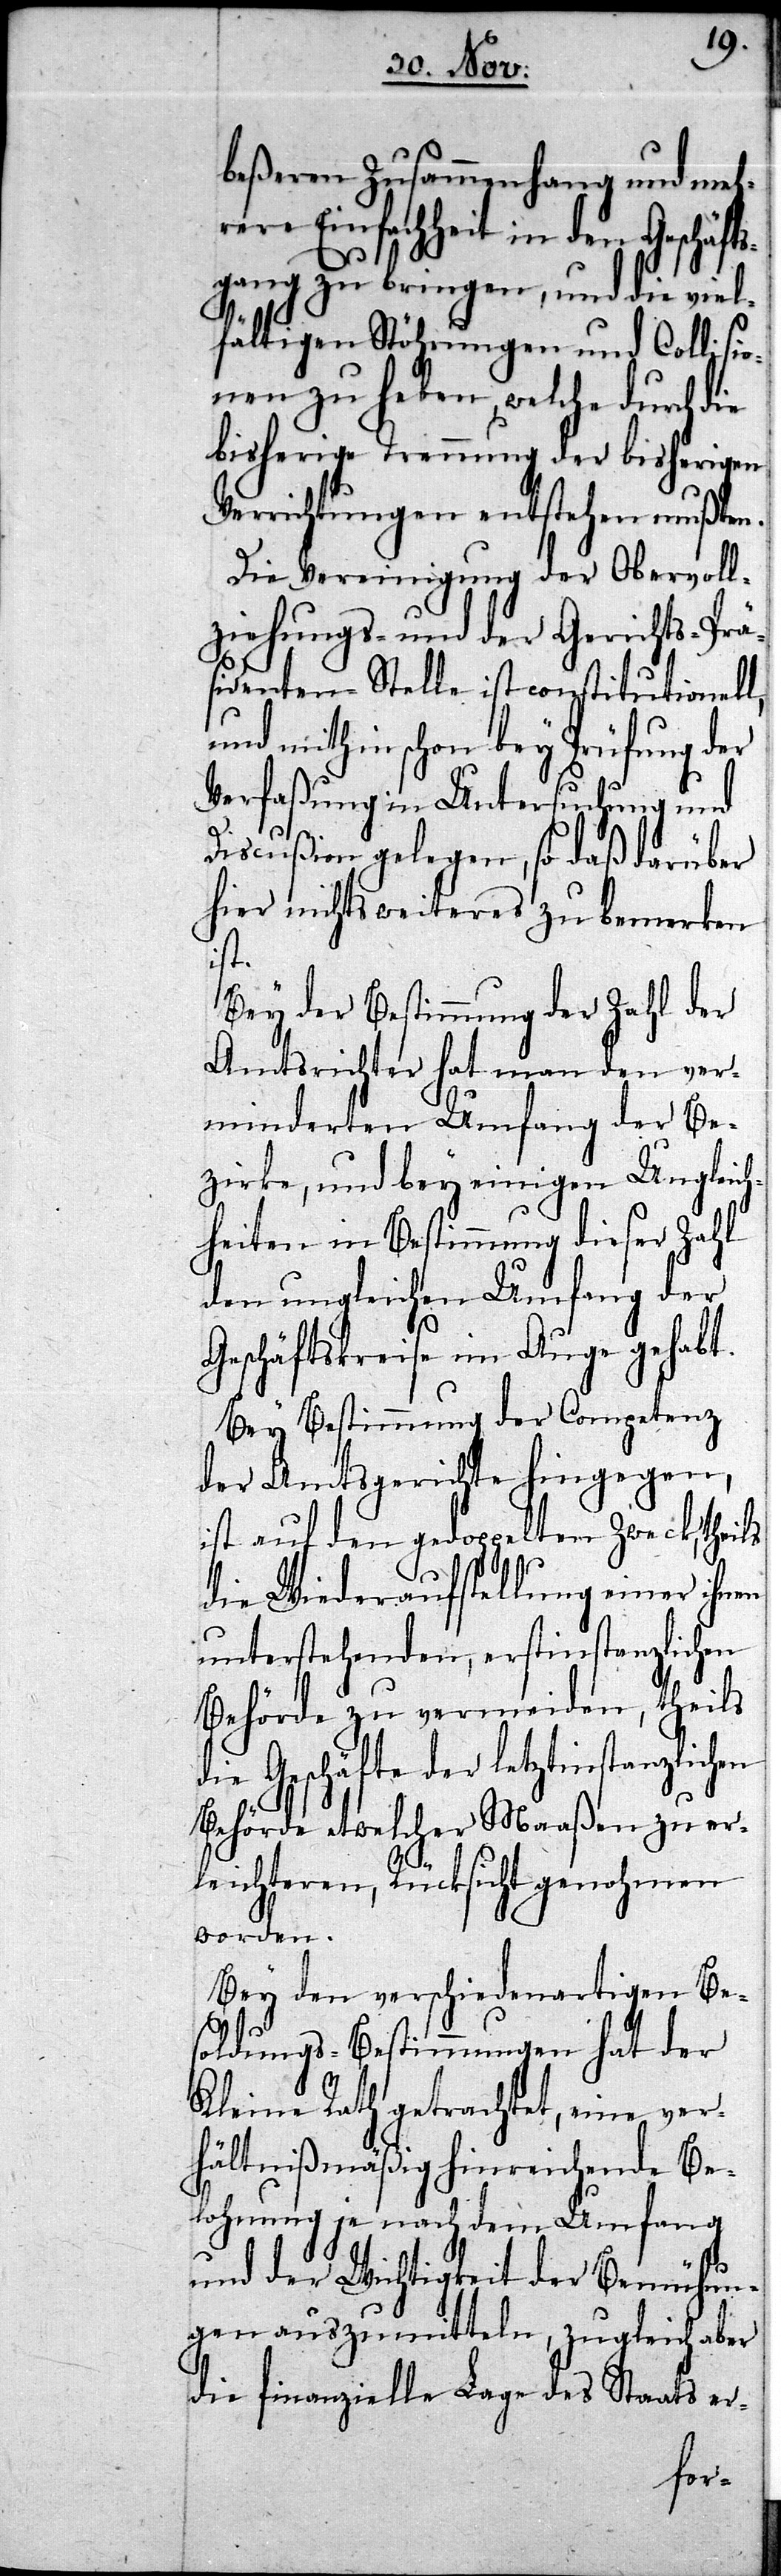
beßeren Zusammenhang und meh¬
rere Einfachheit in den Geschäfts¬
gang zu bringen, und die viel¬
hen
fältigen Stöhrungen und Colli¬
nen zu heben, welche durch die
bisherige Trennung der bisherigen
Verrichtungen entstehen mußten.
Die Vereinigung der Obervoll¬
ziehungs- und der Gerichts-Prä¬
sidenten-Stelle ist constitutionel¬
und mithin schon bey Prüfung der
Verfaßung in Untersuchung und
Discußion gelegen, so daß darüber
hier nicht weiteres zu bemerken
ist.
Bey der Bestimmung der Zahl der
Amtsrichter hat man den ver¬
minderten Umfang der Be¬
zirke, und bey einigen Unglei¬
heiten in Bestimmung dieser Zahl
den ungleichen Umfang der
Geschäftskreise im Auge geha¬
Bey Bestimmung der Co¬
der Amtsgerichte hingegen,
ist auf den gedoppelten Zweck, theils
die Wiederaufstellung einer
unterstehenden, erstinstanzlichen
Behörde zu vermeiden, theils
die Geschäfte der letztinstanzlic¬
Behörde etwelcher Maaßen zu er¬
leichteren, Rücksicht genohmen
worden.
Bey den verschiedenartigen Be¬
soldungs-Bestimmungen hat der
Kleine Rath getrachtet, eine ver¬
hältnißmäßig hinreichende Be¬
lohnung je nach dem Umfang
und der Wichtigkeit der Bemühun¬
gen auszumitteln, zugleich aber
die finanzielle Lage des Staats er-